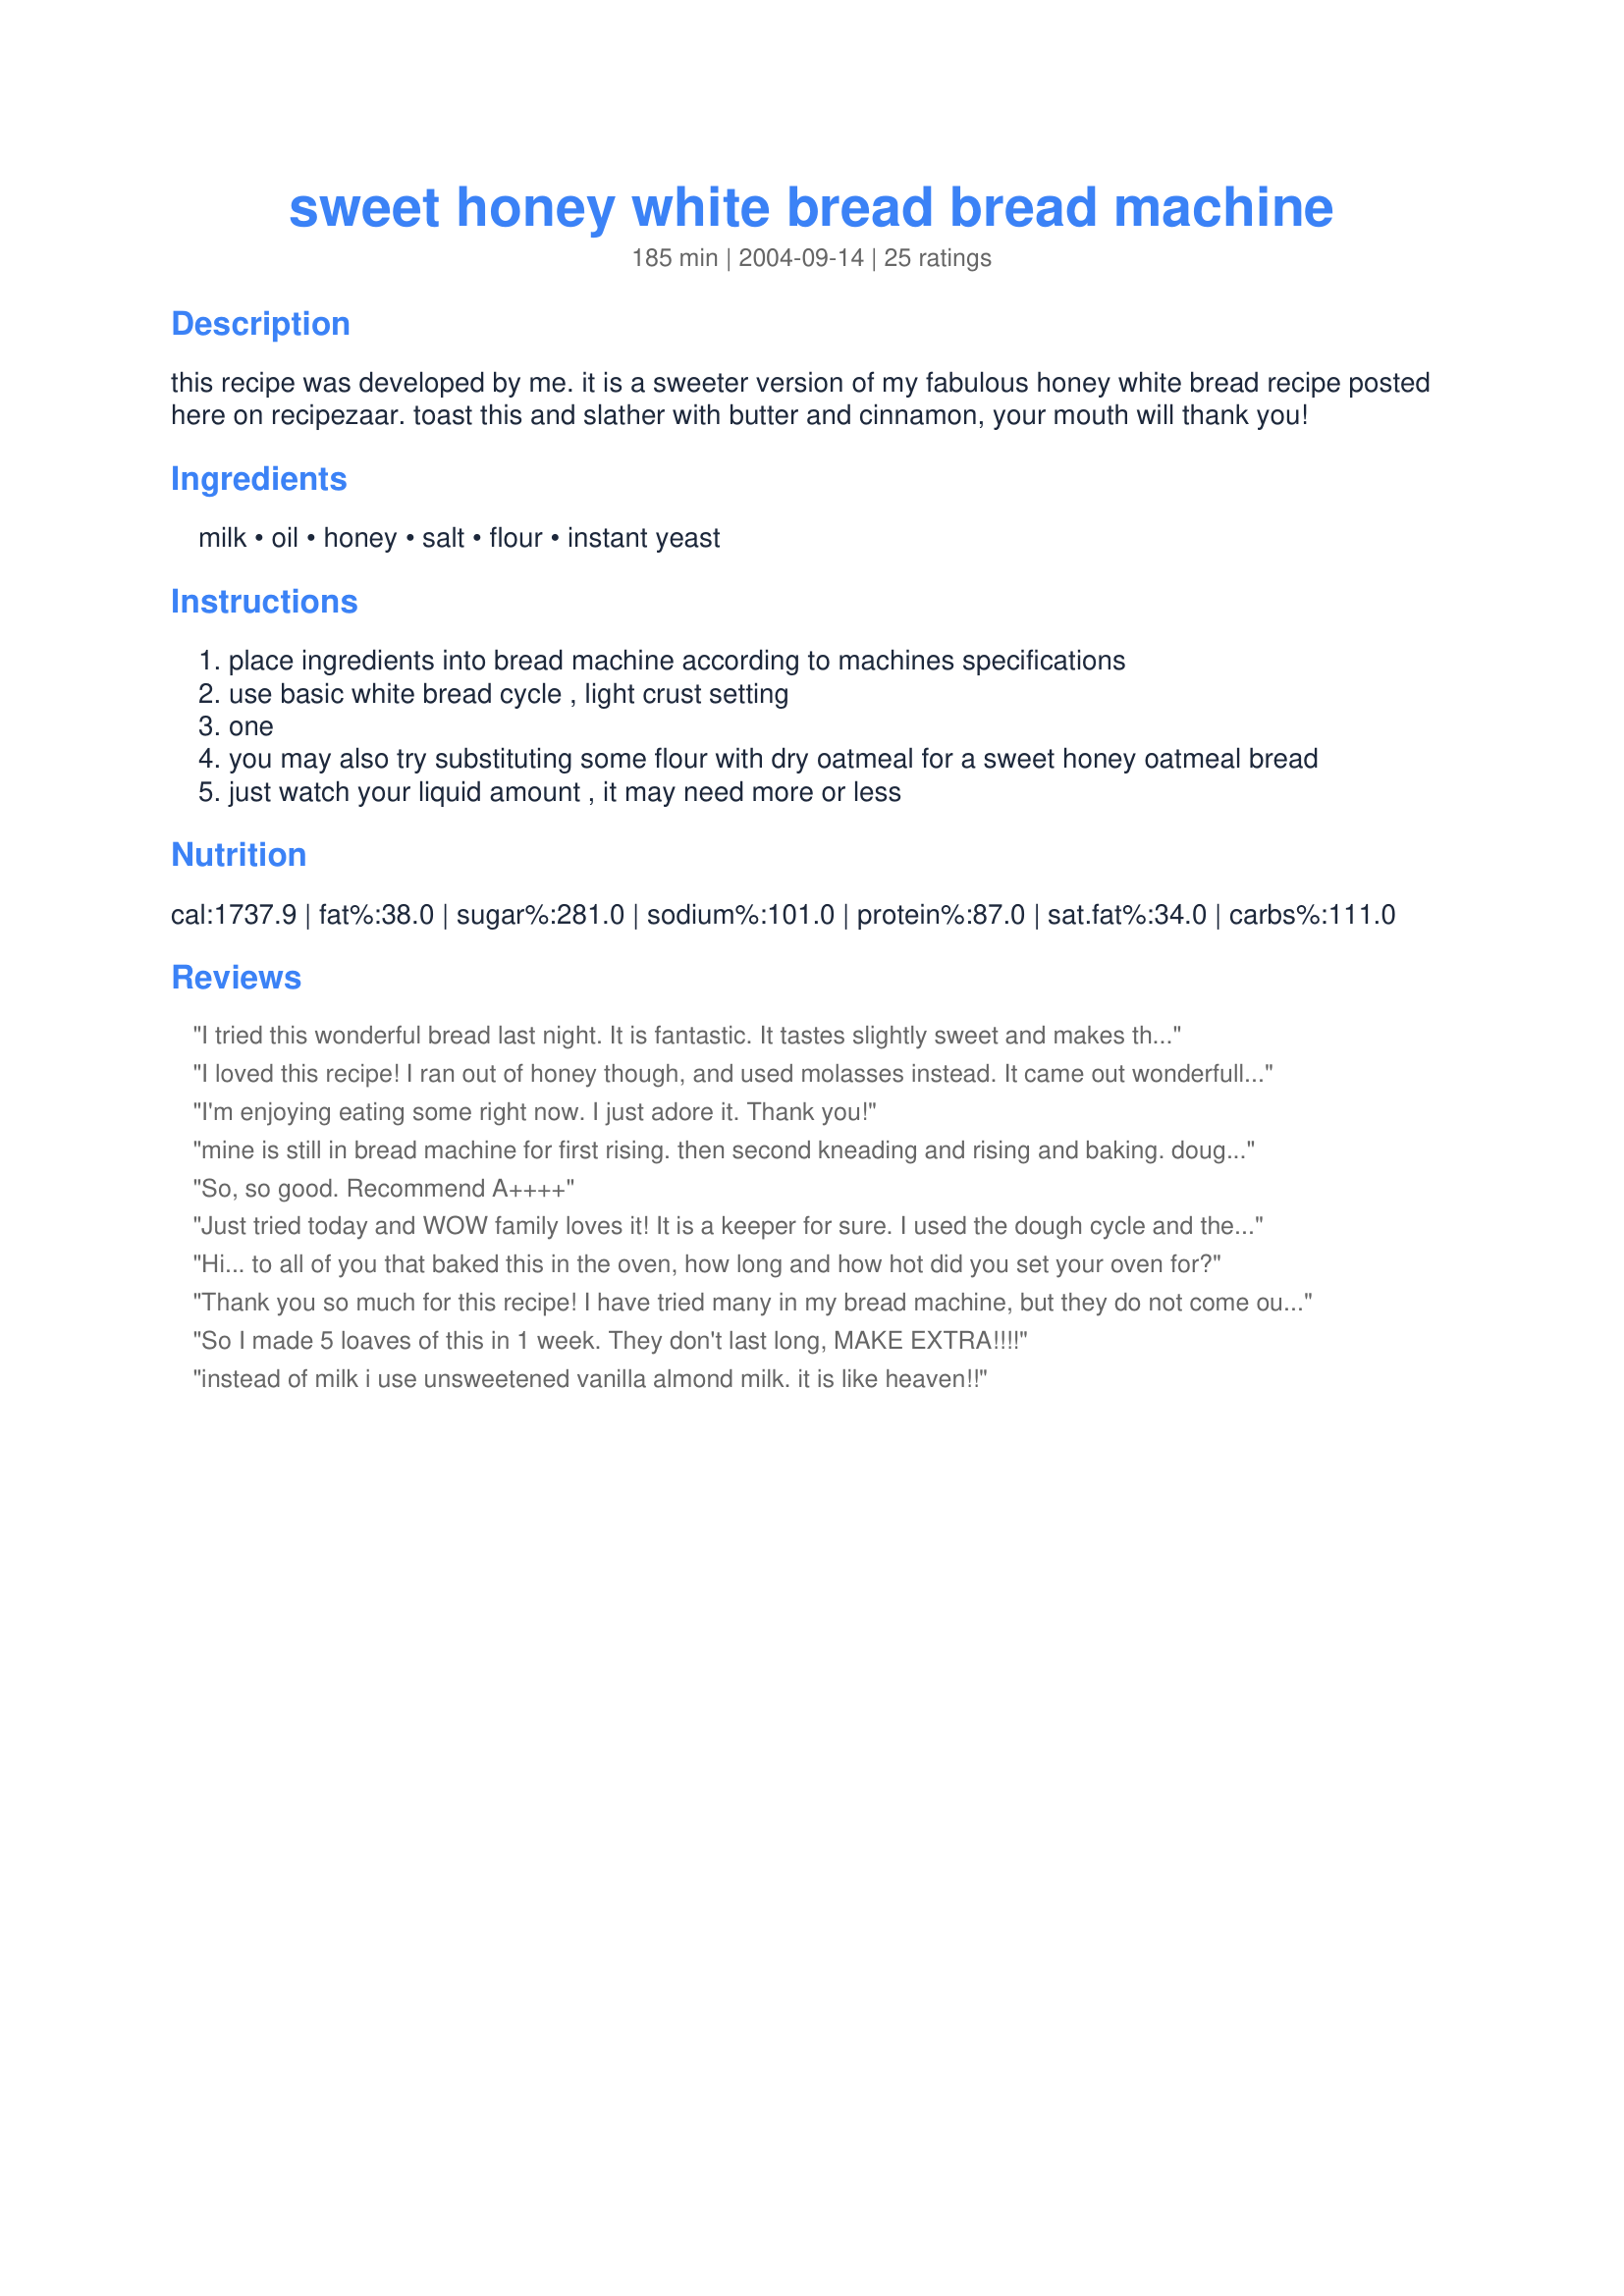
sweet honey white bread bread machine
Preparation time: 185 minutes

this recipe was developed by me. it is a sweeter version of my fabulous honey white bread recipe posted here on recipezaar. toast this and slather with butter and cinnamon, your mouth will thank you!

Ingredients:
milk, oil, honey, salt, flour, instant yeast

Steps:
place ingredients into bread machine according to machines specifications
use basic white bread cycle , light crust setting
one
you may also try substituting some flour with dry oatmeal for a sweet honey oatmeal bread
just watch your liquid amount , it may need more or less

Reviews:
I tried this wonderful bread last night. It is fantastic. It tastes slightly sweet and makes the best toast of any recipe I have used. It also makes very tasty sandwiches!
I loved this recipe! I ran out of honey though, and used molasses instead. It came out wonderfully! I too let the bread machine make the dough and baked it in the oven. It was delish! The bread was dense but not doughy- just perfect. Thanks!
I'm enjoying eating some right now. I just adore it. Thank you!
mine is still in bread machine for first rising. then second kneading and rising and baking. dough was very dry and needed several more drops of milk during the first kneading in machine. i prefer the dough to be smooth and a little sticky but not too dry and not to pasty. the batter was yummy. i pressed down any dry ingredients that stuck to the sides of the machine bread pan so all was mixed in. I will let you know how it turns out. looking forward to tasting the bread in a couple hours. thank you for the recipe.
So, so good. Recommend A++++
Just tried today and WOW family loves it! It is a keeper for sure. I used the dough cycle and then made 2 smaller loaves and baked in oven as I prefer baking all my breads in oven over my bread machine
Hi... to all of you that baked this in the oven, how long and how hot did you set your oven for?
Thank you so much for this recipe! I have tried many in my bread machine, but they do not come out right and are not moist the next day. I think next I will try it in the oven. I loved it so much I just had to post the picture!
So I made 5 loaves of this in 1 week. They don't last long, MAKE EXTRA!!!!
instead of milk i use unsweetened vanilla almond milk. it is like heaven!!
My 9yo said "Tell her THANK YOU. This is the best bread ever!" My kids would not stop eating this and my dh and I were lucky to get one slice. This is the first time I've loved the bread that came out of my new bread machine! Texture and taste were right on, and this didn't crumble at all. Many thanks from all of us. I made this exactly as written except for using 2 and 1/4 t of quick yeast.
I have made this recipe at least 20 times now and it is definitely my family's favorite bread. I generally mix it in the bread-machine, then take it out and bake in the oven. I found the texture to be less dense when I proofed it 3 times (I let it rise 3 different times).
Another great bread machine recipe, QueenBof6!!! Wonderful spread with butter, but with the addition of a sprinkling of cinnamon (as suggested) it's fantastic! The bread was well-risen, and the texture was just right; soft inside, with a thin, crispy crust. This is a keeper!
loved it thanks so much for a great bread
Mmmmm...I've had this recipe on file for a short time but didnt have the time to make it. So my first weekend free I pulled out the bread machine and got to it. I was not disappointed at all. It was a great loaf of bread and was made even better with the cinnamon mix on top. This is a definate keeper and one I will happily continue to use. Thanks for sharing with us all.
It didnt turn out. I'm not sure why..
I really liked it! After the second time I made it I felt like I was missing something but I wasn't (No Egg) lol. Great recipe!!! Thank you
Very YUMMY! I tried this recipe using a stand mixer, letting it rise twice (one time in bowl + one time in pan), and baking it at 350F for 45 minutes. The loaf tastes yummy!!! Though a bit chewy, the texture is soft with nice crust. Next time i'm gonna let it rise for 3 times (2 in bowl + 1 in pan), and bake it at 400F. :D
This is my new favorite recipe. The flavor and texture are perfect - so soft! I cut the recipe in half because my bread maker is for 1 lb loaves, but my bread machine stopped working (it's old and the blade thing just quit working) about a minute after turning it on to start mixing, so I transferred the ingredients to my stand mixer, mixed it for about 5 - 6 minutes, let it rise for 90 minutes, then put in loaf pan and let it rise for another hour and baked it in my oven at 375 for 30 min.
I've made this twice exactly as the recipe stated, and it turned out great both times.
Made this in the bread maker and it was very good. The next time I made it I put in the bread maker on the dough cycle and shaped it myself. Let it rise in the oven. It was even better the second way. I served this with Honey Butter recipe number 55572.
The favorite bread in our house. I have made it a few times, seems best to mix in bread machine and bake in oven.

Kids love it toasted for breakfast. It is wonderful for sandwiches.

Thanks for the great recipe.
This made a very nice loaf for everyday use. Instead of using milk, I used water, added first, and 1/3 cup dry non-fat powder milk, added with the dry ingredients. You can use your delay timer when using the powder milk. I didn't check the dough when it was kneading, which I really try to do, but it still mixed up into a ball just perfectly, so I know this will be a great receipt to use on the delayed timer. Also, I don't measure the honey, I use honey from a squeeze bottle and it is pretty easy to get a notion as to how hard to squeeze to get a tablespoon of honey - for this receipe - it was 6 squeezes!
Wonderful taste and texture, and it rose beautifully! Will definitely be making this again!
Excellent recipe! It is not too sweet for savory sandwiches. My husband really liked this bread! Thanks!
